Annual report of the Punjab Veterinary College and of the Civil Veterinary Department, Punjab - 1920-1925
Year: 1920
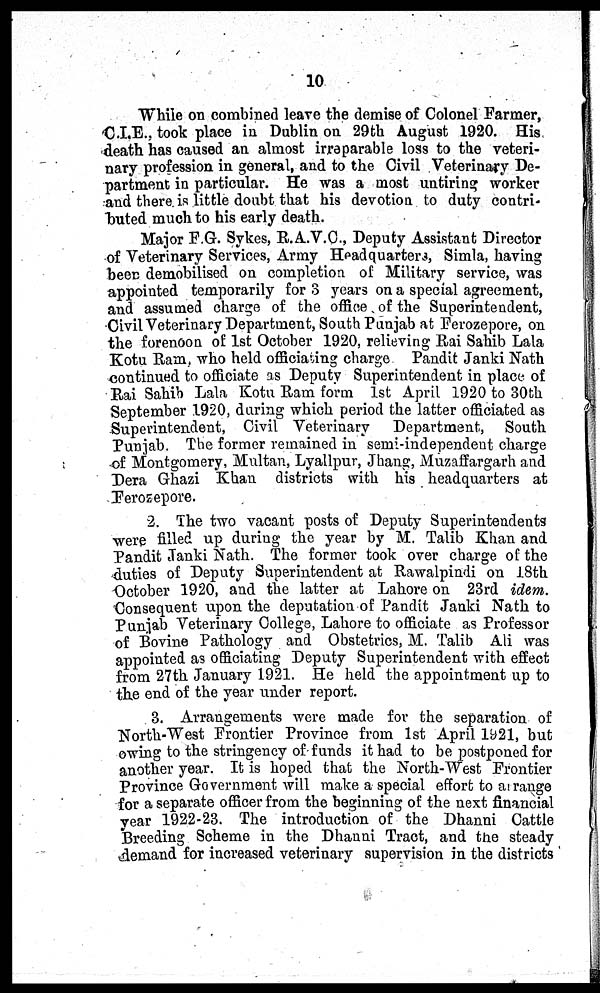
10
While on combined leave the demise of Colonel Farmer,
C.I.E., took place in Dublin on 29th August 1920. His
death has caused an almost irreparable loss to the veteri-
nary profession in general, and to the Civil Veterinary De-
partment in particular. He was a most untiring worker
and there is little doubt that his devotion to duty contri-
buted much to his early death.
Major F.G. Sykes, R.A.V.C., Deputy Assistant Director
of Veterinary Services, Army Headquarters, Simla, having
been demobilised on completion of Military service, was
appointed temporarily for 3 years on a special agreement,
and assumed charge of the office of the Superintendent,
Civil Veterinary Department, South Punjab at Ferozepore, on
the forenoon of 1st October 1920, relieving Rai Sahib Lala
Kotu Ram, who held officiating charge Pandit Janki Nath
continued to officiate as Deputy Superintendent in place of
Rai Sahib Lala Kotu Ram form 1st April 1920 to 30th
September 1920, daring which period the latter officiated as
Superintendent, Civil Veterinary
Department, South
Punjab. The former remained in semi-independent charge
of Montgomery, Multan, Lyallpur, Jhang, Muzaffargarh and
Dera Ghazi Khan districts with his headquarters at
Ferozepore.
2. The two vacant posts of Deputy Superintendents
were filled up during the year by M. Talib Khan and
Pandit Janki Nath. The former took over charge of the
duties of Deputy Superintendent at Rawalpindi on 18th
October 1920, and the latter at Lahore on 23rd idem.
Consequent upon the deputation of Pandit Janki Nath to
Punjab Veterinary College, Lahore to officiate as Professor
of Bovine Pathology and Obstetrics, M. Talib Ali was
appointed as officiating Deputy Superintendent with effect
from 27th January 1921. He held the appointment up to
the end of the year under report.
3. Arrangements were made for the separation of
North-West Frontier Province from 1st April 1921, but
owing to the stringency of funds it had to be postponed for
another year. It is hoped that the North-West Frontier
Province Government will make a special effort to arrange
for a separate officer from the beginning of the next financial
year 1922-23. The introduction of the Dhanni Cattle
Breeding Scheme in the Dhanni Tract, and the steady
demand for increased veterinary supervision in the districts